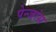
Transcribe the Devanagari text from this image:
पेन्जांस